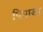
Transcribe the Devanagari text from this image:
पिपाडा